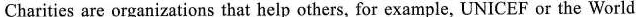
Charities are organizations that help others, for example, UNICEF or the World